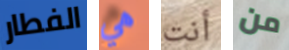
الفطار هي أنت من